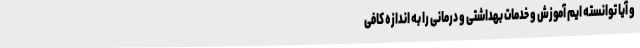
و آیا توانسته ایم آموزش و خدمات بهداشتی و درمانی را به اندازه کافی